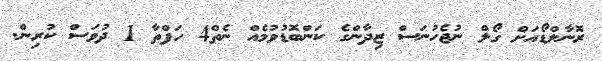
ރޮނާލްޑޯއަށް ގޯލް ނުޖެހުނަސް ޒިދާންގެ ކަންބޮޑުވުމެއް ނެތް4 ހަފްތާ 1 ދުވަސް ކުރިން.